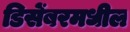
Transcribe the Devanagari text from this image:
डिसेंबरमधील